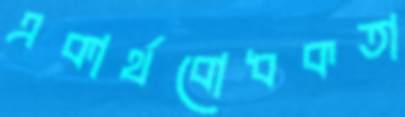
একার্থবোধকতা